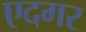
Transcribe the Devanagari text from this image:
एदगर